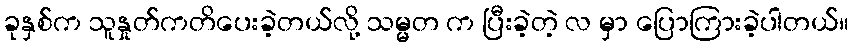
ခုနှစ်က သူနှုတ်ကတိပေးခဲ့တယ်လို့ သမ္မတ က ပြီးခဲ့တဲ့ လ မှာ ပြောကြားခဲ့ပါတယ်။